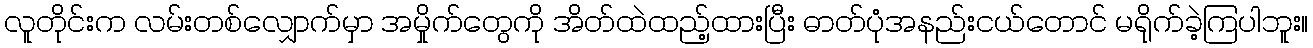
လူတိုင်းက လမ်းတစ်လျှောက်မှာ အမှိုက်တွေကို အိတ်ထဲထည့်ထားပြီး ဓာတ်ပုံအနည်းငယ်တောင် မရိုက်ခဲ့ကြပါဘူး။